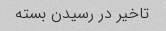
تاخیر در رسیدن بسته